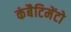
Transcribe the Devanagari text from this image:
कंबैटिमेंटो